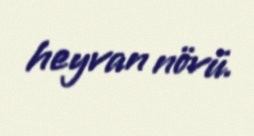
heyvan növü.